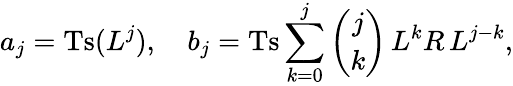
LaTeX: a_{j}=\mathrm{Ts}(L^{j}),\quad b_{j}=\mathrm{Ts}\sum_{k=0}^{j}{\binom{j}{k}}\, L^{k}R\, L^{j-k},